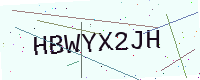
Text: HBWYX2JH